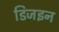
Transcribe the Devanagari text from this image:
डिजइन